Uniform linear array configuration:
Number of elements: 12
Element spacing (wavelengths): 1
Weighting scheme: exponential
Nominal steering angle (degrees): -15
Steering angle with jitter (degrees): -15.439
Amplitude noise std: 0.05
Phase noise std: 0.05

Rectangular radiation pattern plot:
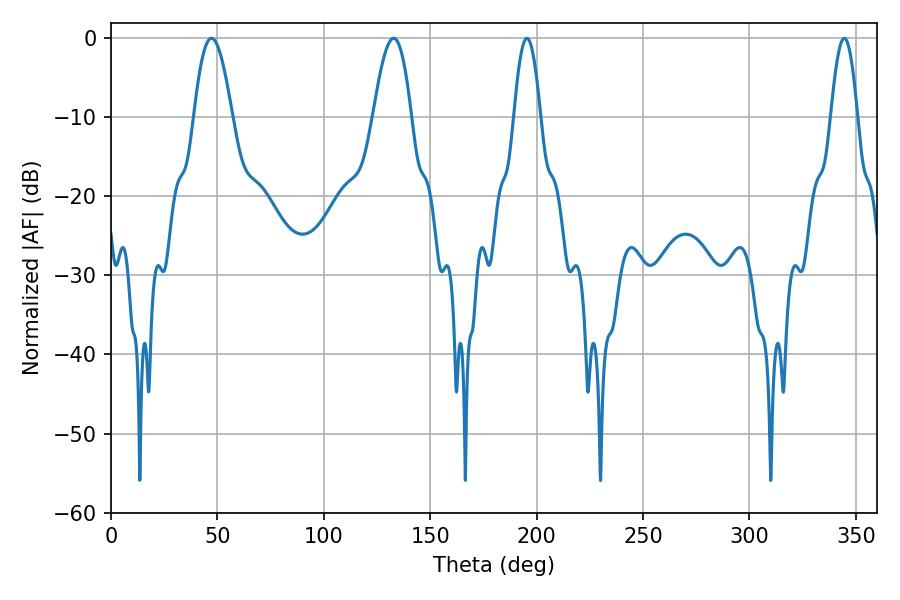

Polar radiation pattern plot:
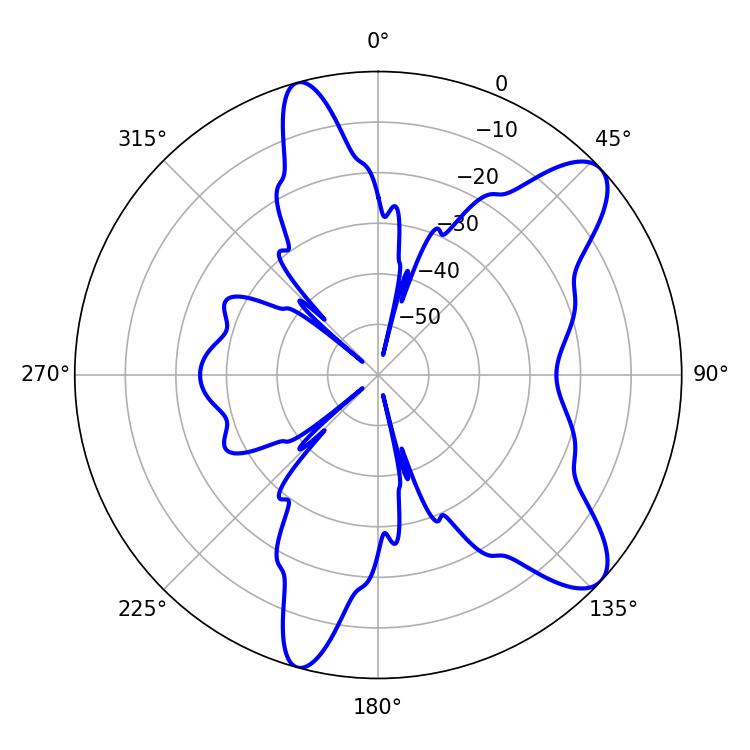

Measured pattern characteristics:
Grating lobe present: TRUE
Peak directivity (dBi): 9.719
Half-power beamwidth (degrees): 9.54
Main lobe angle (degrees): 132.84